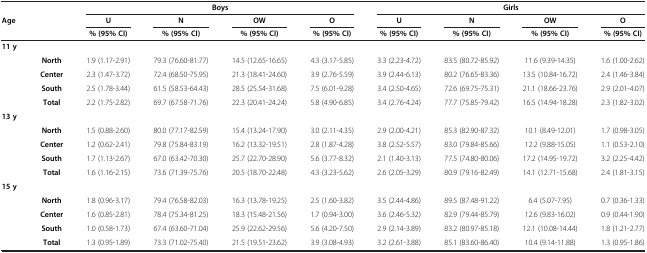
<table><thead><tr><td><b> </b></td><td><b> </b></td><td colspan="4"><b>Boys</b></td><td colspan="4"><b>Girls</b></td></tr><tr><td><b>Age</b></td><td><b> </b></td><td><b>U</b></td><td><b>N</b></td><td><b>OW</b></td><td><b>O</b></td><td><b>U</b></td><td><b>N</b></td><td><b>OW</b></td><td><b>O</b></td></tr><tr><td><b> </b></td><td><b> </b></td><td><b>% (95% CI)</b></td><td><b>% (95% CI)</b></td><td><b>% (95% CI)</b></td><td><b>% (95% CI)</b></td><td><b>% (95% CI)</b></td><td><b>% (95% CI)</b></td><td><b>% (95% CI)</b></td><td><b>% (95% CI)</b></td></tr></thead><tbody><tr><td><b>11 y</b></td><td> </td><td> </td><td> </td><td> </td><td> </td><td> </td><td> </td><td> </td><td> </td></tr><tr><td> </td><td><b>North</b></td><td>1.9 (1.17-2.91)</td><td>79.3 (76.60-81.77)</td><td>14.5 (12.65-16.65)</td><td>4.3 (3.17-5.85)</td><td>3.3 (2.23-4.72)</td><td>83.5 (80.72-85.92)</td><td>11.6 (9.39-14.35)</td><td>1.6 (1.00-2.62)</td></tr><tr><td> </td><td><b>Center</b></td><td>2.3 (1.47-3.72)</td><td>72.4 (68.50-75.95)</td><td>21.3 (18.41-24.60)</td><td>3.9 (2.76-5.59)</td><td>3.9 (2.44-6.13)</td><td>80.2 (76.65-83.36)</td><td>13.5 (10.84-16.72)</td><td>2.4 (1.46-3.84)</td></tr><tr><td> </td><td><b>South</b></td><td>2.5 (1.78-3.44)</td><td>61.5 (58.53-64.43)</td><td>28.5 (25.54-31.68)</td><td>7.5 (6.01-9.28)</td><td>3.4 (2.50-4.65)</td><td>72.6 (69.75-75.31)</td><td>21.1 (18.66-23.76)</td><td>2.9 (2.01-4.07)</td></tr><tr><td> </td><td><b>Total</b></td><td>2.2 (1.75-2.82)</td><td>69.7 (67.58-71.76)</td><td>22.3 (20.41-24.24)</td><td>5.8 (4.90-6.85)</td><td>3.4 (2.76-4.24)</td><td>77.7 (75.85-79.42)</td><td>16.5 (14.94-18.28)</td><td>2.3 (1.82-3.02)</td></tr><tr><td><b>13 y</b></td><td> </td><td> </td><td> </td><td> </td><td> </td><td> </td><td> </td><td> </td><td> </td></tr><tr><td> </td><td><b>North</b></td><td>1.5 (0.88-2.60)</td><td>80.0 (77.17-82.59)</td><td>15.4 (13.24-17.90)</td><td>3.0 (2.11-4.35)</td><td>2.9 (2.00-4.21)</td><td>85.3 (82.90-87.32)</td><td>10.1 (8.49-12.01)</td><td>1.7 (0.98-3.05)</td></tr><tr><td> </td><td><b>Center</b></td><td>1.2 (0.62-2.41)</td><td>79.8 (75.84-83.19)</td><td>16.2 (13.32-19.51)</td><td>2.8 (1.87-4.28)</td><td>3.8 (2.52-5.57)</td><td>83.0 (79.84-85.66)</td><td>12.2 (9.88-15.05)</td><td>1.1 (0.53-2.10)</td></tr><tr><td> </td><td><b>South</b></td><td>1.7 (1.13-2.67)</td><td>67.0 (63.42-70.30)</td><td>25.7 (22.70-28.90)</td><td>5.6 (3.77-8.32)</td><td>2.1 (1.40-3.13)</td><td>77.5 (74.80-80.06)</td><td>17.2 (14.95-19.72)</td><td>3.2 (2.25-4.42)</td></tr><tr><td> </td><td><b>Total</b></td><td>1.6 (1.16-2.15)</td><td>73.6 (71.39-75.76)</td><td>20.5 (18.70-22.48)</td><td>4.3 (3.23-5.62)</td><td>2.6 (2.05-3.29)</td><td>80.9 (79.16-82.49)</td><td>14.1 (12.71-15.68)</td><td>2.4 (1.81-3.15)</td></tr><tr><td><b>15 y</b></td><td> </td><td> </td><td> </td><td> </td><td> </td><td> </td><td> </td><td> </td><td> </td></tr><tr><td> </td><td><b>North</b></td><td>1.8 (0.96-3.17)</td><td>79.4 (76.58-82.03)</td><td>16.3 (13.78-19.25)</td><td>2.5 (1.60-3.82)</td><td>3.5 (2.44-4.86)</td><td>89.5 (87.48-91.22)</td><td>6.4 (5.07-7.95)</td><td>0.7 (0.36-1.33)</td></tr><tr><td> </td><td><b>Center</b></td><td>1.6 (0.85-2.81)</td><td>78.4 (75.34-81.25)</td><td>18.3 (15.48-21.56)</td><td>1.7 (0.94-3.00)</td><td>3.6 (2.46-5.32)</td><td>82.9 (79.44-85.79)</td><td>12.6 (9.83-16.02)</td><td>0.9 (0.44-1.90)</td></tr><tr><td> </td><td><b>South</b></td><td>1.0 (0.58-1.73)</td><td>67.4 (63.60-71.04)</td><td>25.9 (22.62-29.56)</td><td>5.6 (4.20-7.50)</td><td>2.9 (2.14-3.89)</td><td>83.2 (80.97-85.18)</td><td>12.1 (10.08-14.44)</td><td>1.8 (1.21-2.77)</td></tr><tr><td> </td><td><b>Total</b></td><td>1.3 (0.95-1.89)</td><td>73.3 (71.02-75.40)</td><td>21.5 (19.51-23.62)</td><td>3.9 (3.08-4.93)</td><td>3.2 (2.61-3.88)</td><td>85.1 (83.60-86.40)</td><td>10.4 (9.14-11.88)</td><td>1.3 (0.95-1.86)</td></tr></tbody></table>